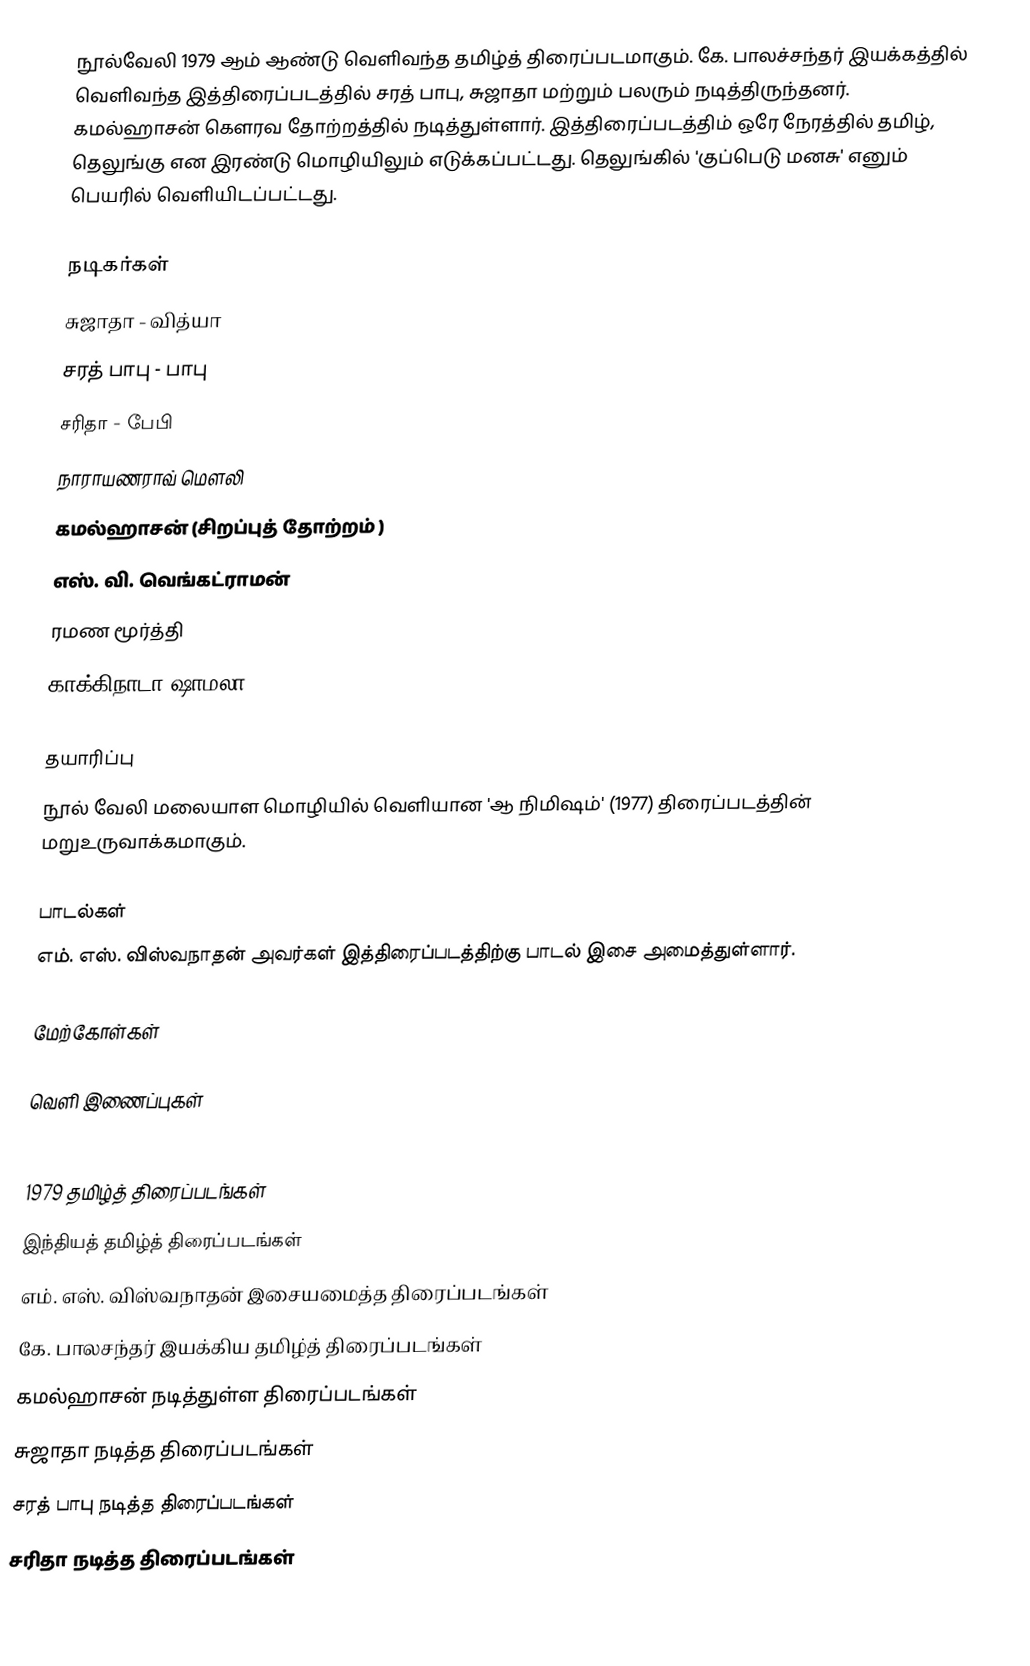
நூல்வேலி 1979 ஆம் ஆண்டு வெளிவந்த தமிழ்த் திரைப்படமாகும். கே. பாலச்சந்தர் இயக்கத்தில் வெளிவந்த இத்திரைப்படத்தில் சரத் பாபு, சுஜாதா மற்றும் பலரும் நடித்திருந்தனர். கமல்ஹாசன் கௌரவ தோற்றத்தில் நடித்துள்ளார். இத்திரைப்படத்திம் ஒரே நேரத்தில் தமிழ், தெலுங்கு என இரண்டு மொழியிலும் எடுக்கப்பட்டது. தெலுங்கில் 'குப்பெடு மனசு' எனும் பெயரில் வெளியிடப்பட்டது.

நடிகர்கள்
 சுஜாதா - வித்யா
 சரத் பாபு - பாபு
 சரிதா - பேபி
 நாராயணராவ் மௌலி
 கமல்ஹாசன் (சிறப்புத் தோற்றம் )
எஸ். வி. வெங்கட்ராமன்
ரமண மூர்த்தி
காக்கிநாடா ஷாமலா

தயாரிப்பு
நூல் வேலி மலையாள மொழியில் வெளியான 'ஆ நிமிஷம்' (1977) திரைப்படத்தின் மறுஉருவாக்கமாகும்.

பாடல்கள்
எம். எஸ். விஸ்வநாதன் அவர்கள் இத்திரைப்படத்திற்கு பாடல் இசை அமைத்துள்ளார்.

மேற்கோள்கள்

வெளி இணைப்புகள்

1979 தமிழ்த் திரைப்படங்கள்
இந்தியத் தமிழ்த் திரைப்படங்கள்
எம். எஸ். விஸ்வநாதன் இசையமைத்த திரைப்படங்கள்
கே. பாலசந்தர் இயக்கிய தமிழ்த் திரைப்படங்கள்
கமல்ஹாசன் நடித்துள்ள திரைப்படங்கள்
சுஜாதா நடித்த திரைப்படங்கள்
சரத் பாபு நடித்த திரைப்படங்கள்
சரிதா நடித்த திரைப்படங்கள்